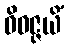
ဝိဝဇ္ဇယိံ